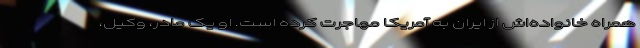
همراه خانواده‌اش از ایران به آمریکا مهاجرت کرده است. او یک مادر، وکیل،